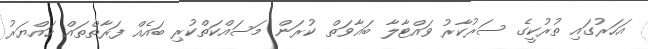
އަހަރުގައި ތުރުކީގެ ސަރުކާރު ވައްޓާލާ ބަޣާވަތް ކުރަން މަސައްކަތްކުރި ބައެއް ފަރާތްތައް ހައްޔަރު